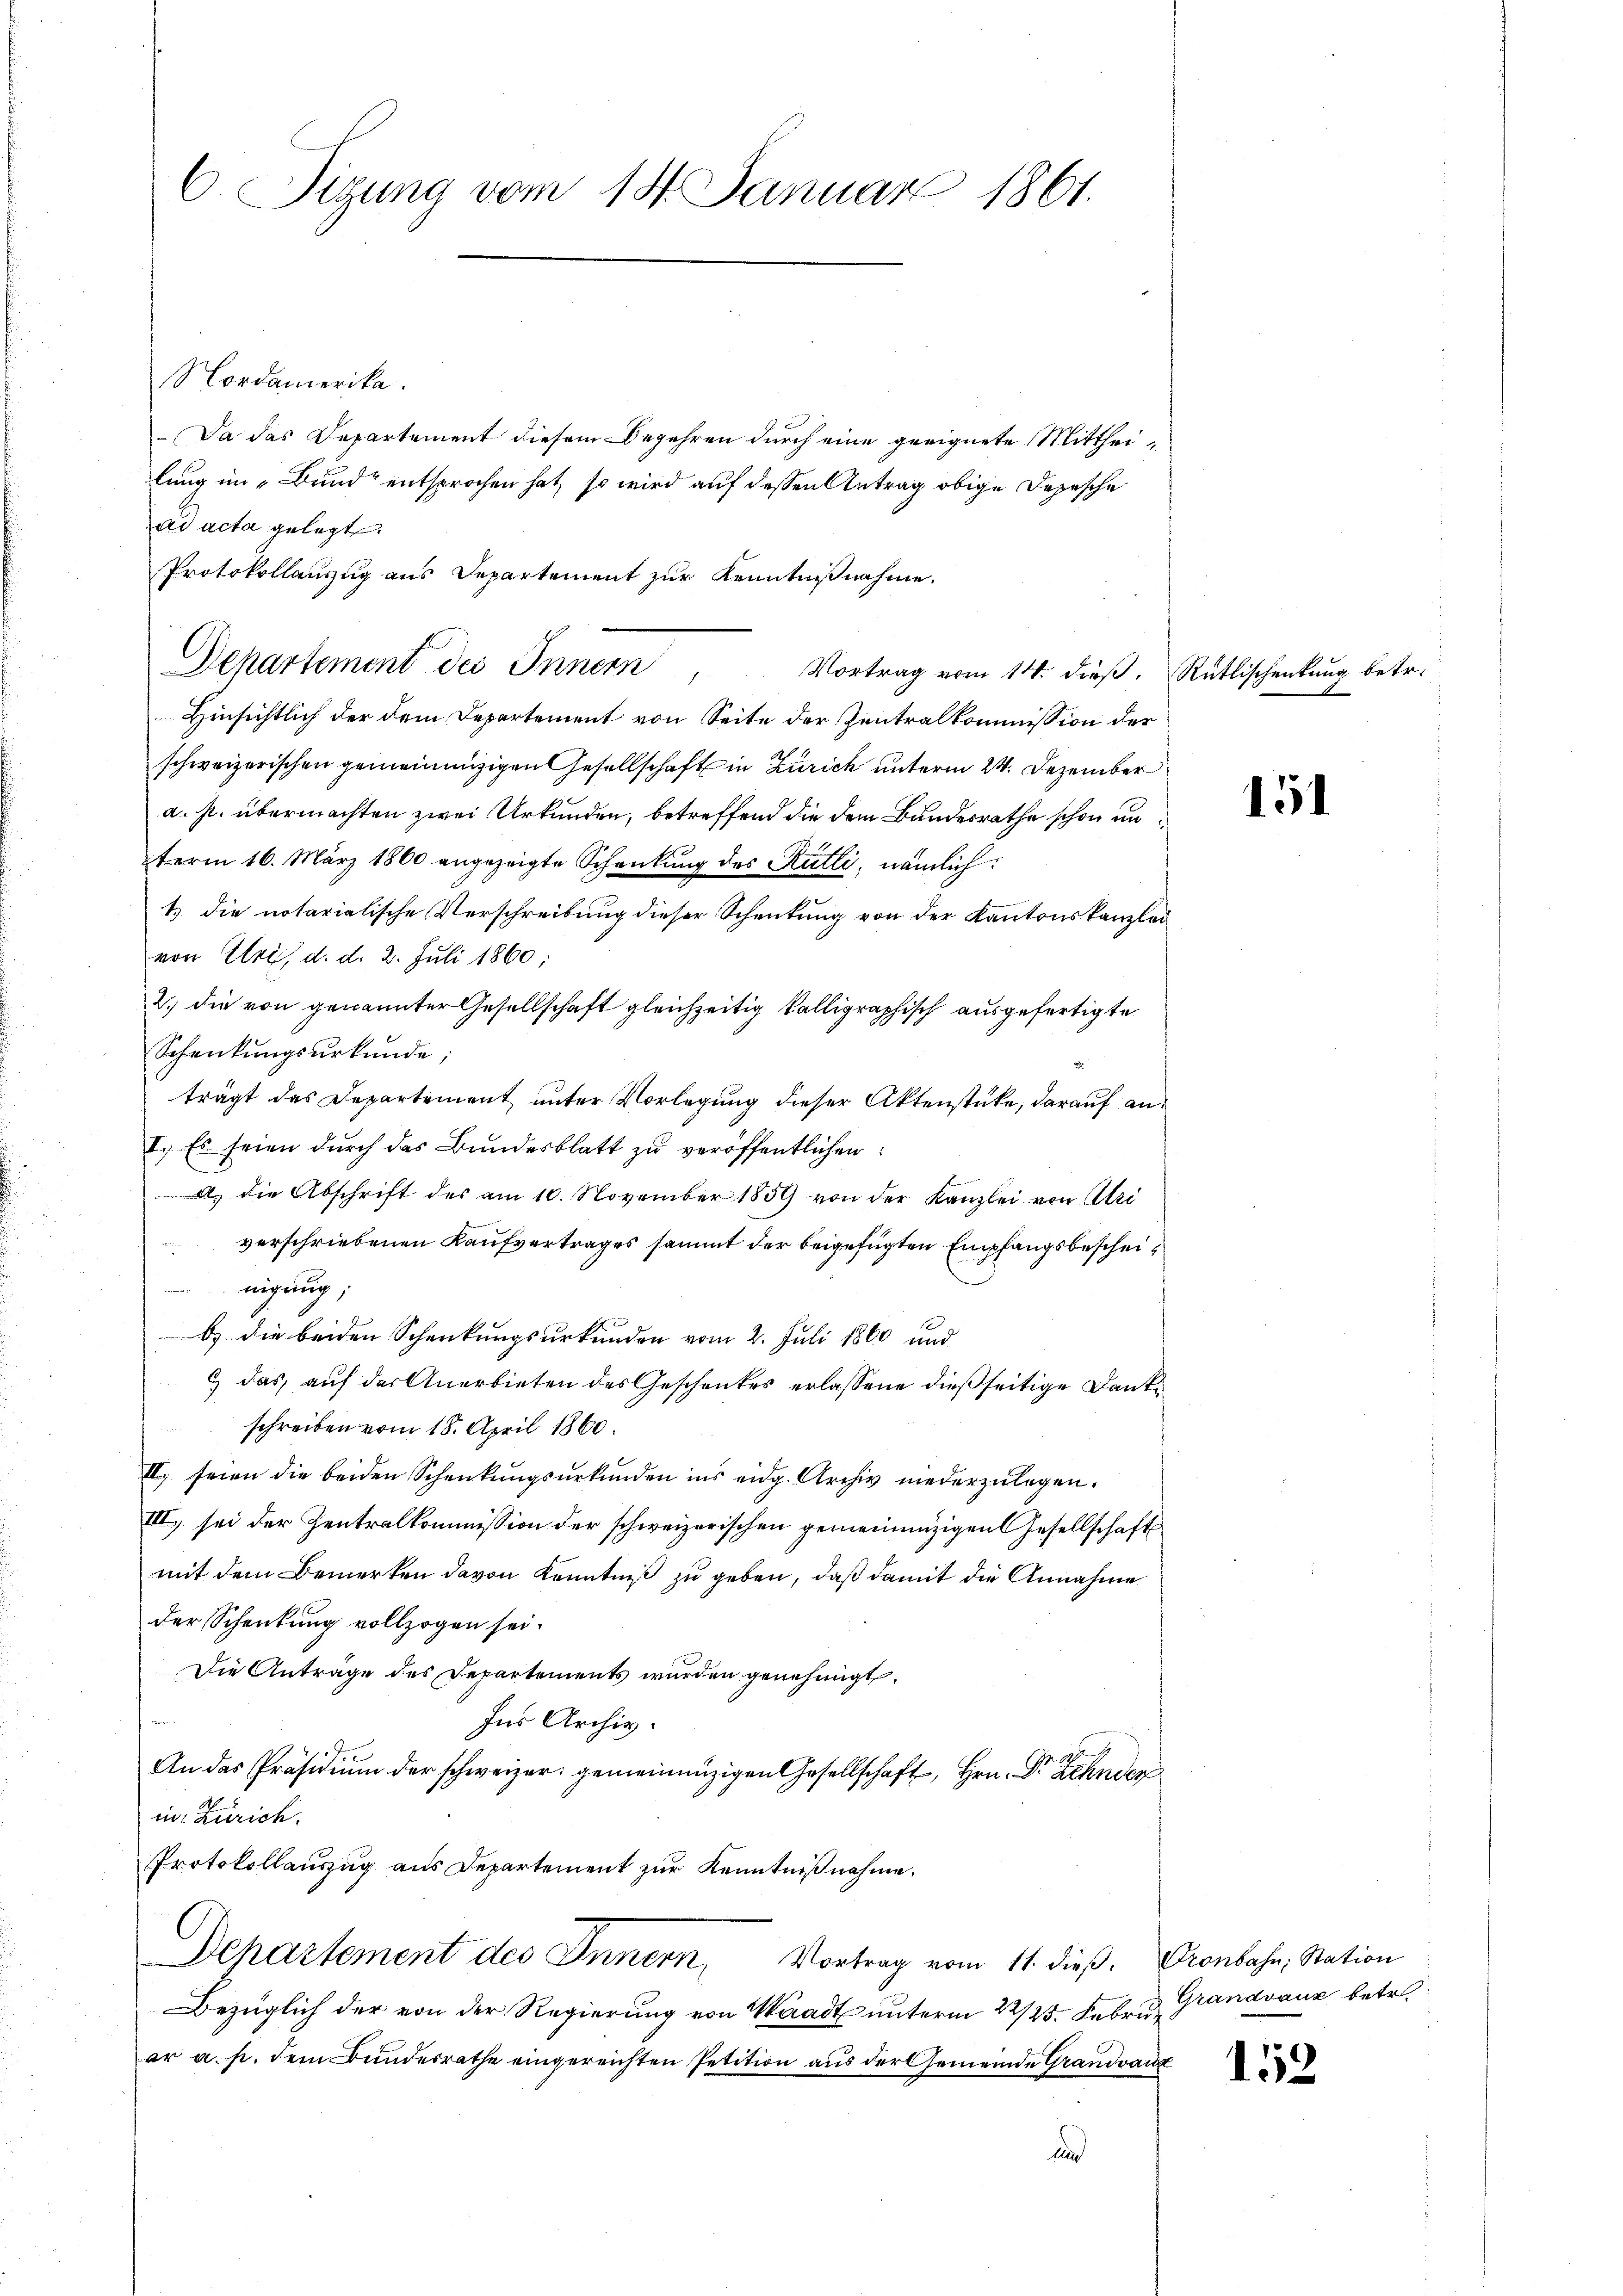
C. Sigung vom 18. Januar 1861.

Nordamerika.
Da das Departement diesem Begehren durch eine geeignete Mittheilung im „Bund“ entsprochen hat, so wird auf dessen Antrag obige Depesche
ad acta gelegt.
Protokollauszug aus Departement zur Kenntnißnahme.
Departement des Innern,
Hinsichtlich der dem Departement von Seite der Zentralkommission der
schweizerischen gemeinanzigen Gesellschaft in Zürich unterm 24. Dezember
a. p. übermachten zwei Urkunden, betreffend die dem Bundesrathe schon anterm 16. März 1860 angezeigte Schenkung des Rütli, nämlich
1.) die notarialische Verschreibung dieser Schenkung von der Kantonskanzlei
von Uri, d. d. 2. Juli 1860;
2.) die von genannter Gesellschaft gleichzeitig kalligraphisch ausgefertigte
Schenkŭngsŭrkŭnde;
trägt das Departement unter Vorlegung dieser Aktenstücke, darauf an¬
I. Es seien durch das Bundesblatt zu veröffentlichen
A.) die Abschrift des am 10. November 1859 von der Kanzlei von Uri
verschriebenen Kaufvertrages sammt der beigefügten Empfangsbescheinigung;
b) die beiden Schenkungsurkunden vom 2. Juli 1860 und
6) das auf der Anerbieten des Geschenkes erlassene dießseitige Dankschreiben vom 18. April 1860.
II.) seien die beiden Schenkungsurkunden ins eidg. Archiv niederzulegen.
III) sei der Zentralkommission der schweizerischen gemeinenzigen Gesellschaft
mit dem Bemerken davon Kenntniß zu geben, daß damit die Annahme
der Schenkung vollzogen sei.
Die Anträge des Departements wurden genehmigt.
Ins Archiv.
An das Präsidiŭm der schweizer gemeinnüzigen Gesellschaft, Hrn. Dr Zehnder
in Zürich.
Protokollauszug aus Departement zur Kenntnißnahme.
Departement des Innern, Vortrag vom 11. dieβ. Oronbahn, Station
Bezüglich der von der Regierung von Waadt unterm 22/25. Febr. d. Grandvauz betr.
ar a. p. dem Bundesrathe eingereichten Petition aus der Gemeinde Grandvanz
d

Vortrag vom 14. dieß. Rütlischenkung betr.

151

152